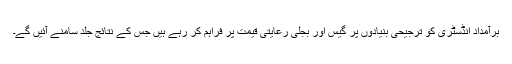
برآمداد انڈسٹری کو ترجیحی بنیادوں پر گیس اور بجلی رعایتی قیمت پر فراہم کر رہے ہیں جس کے نتائج جلد سامنے آئیں گے۔